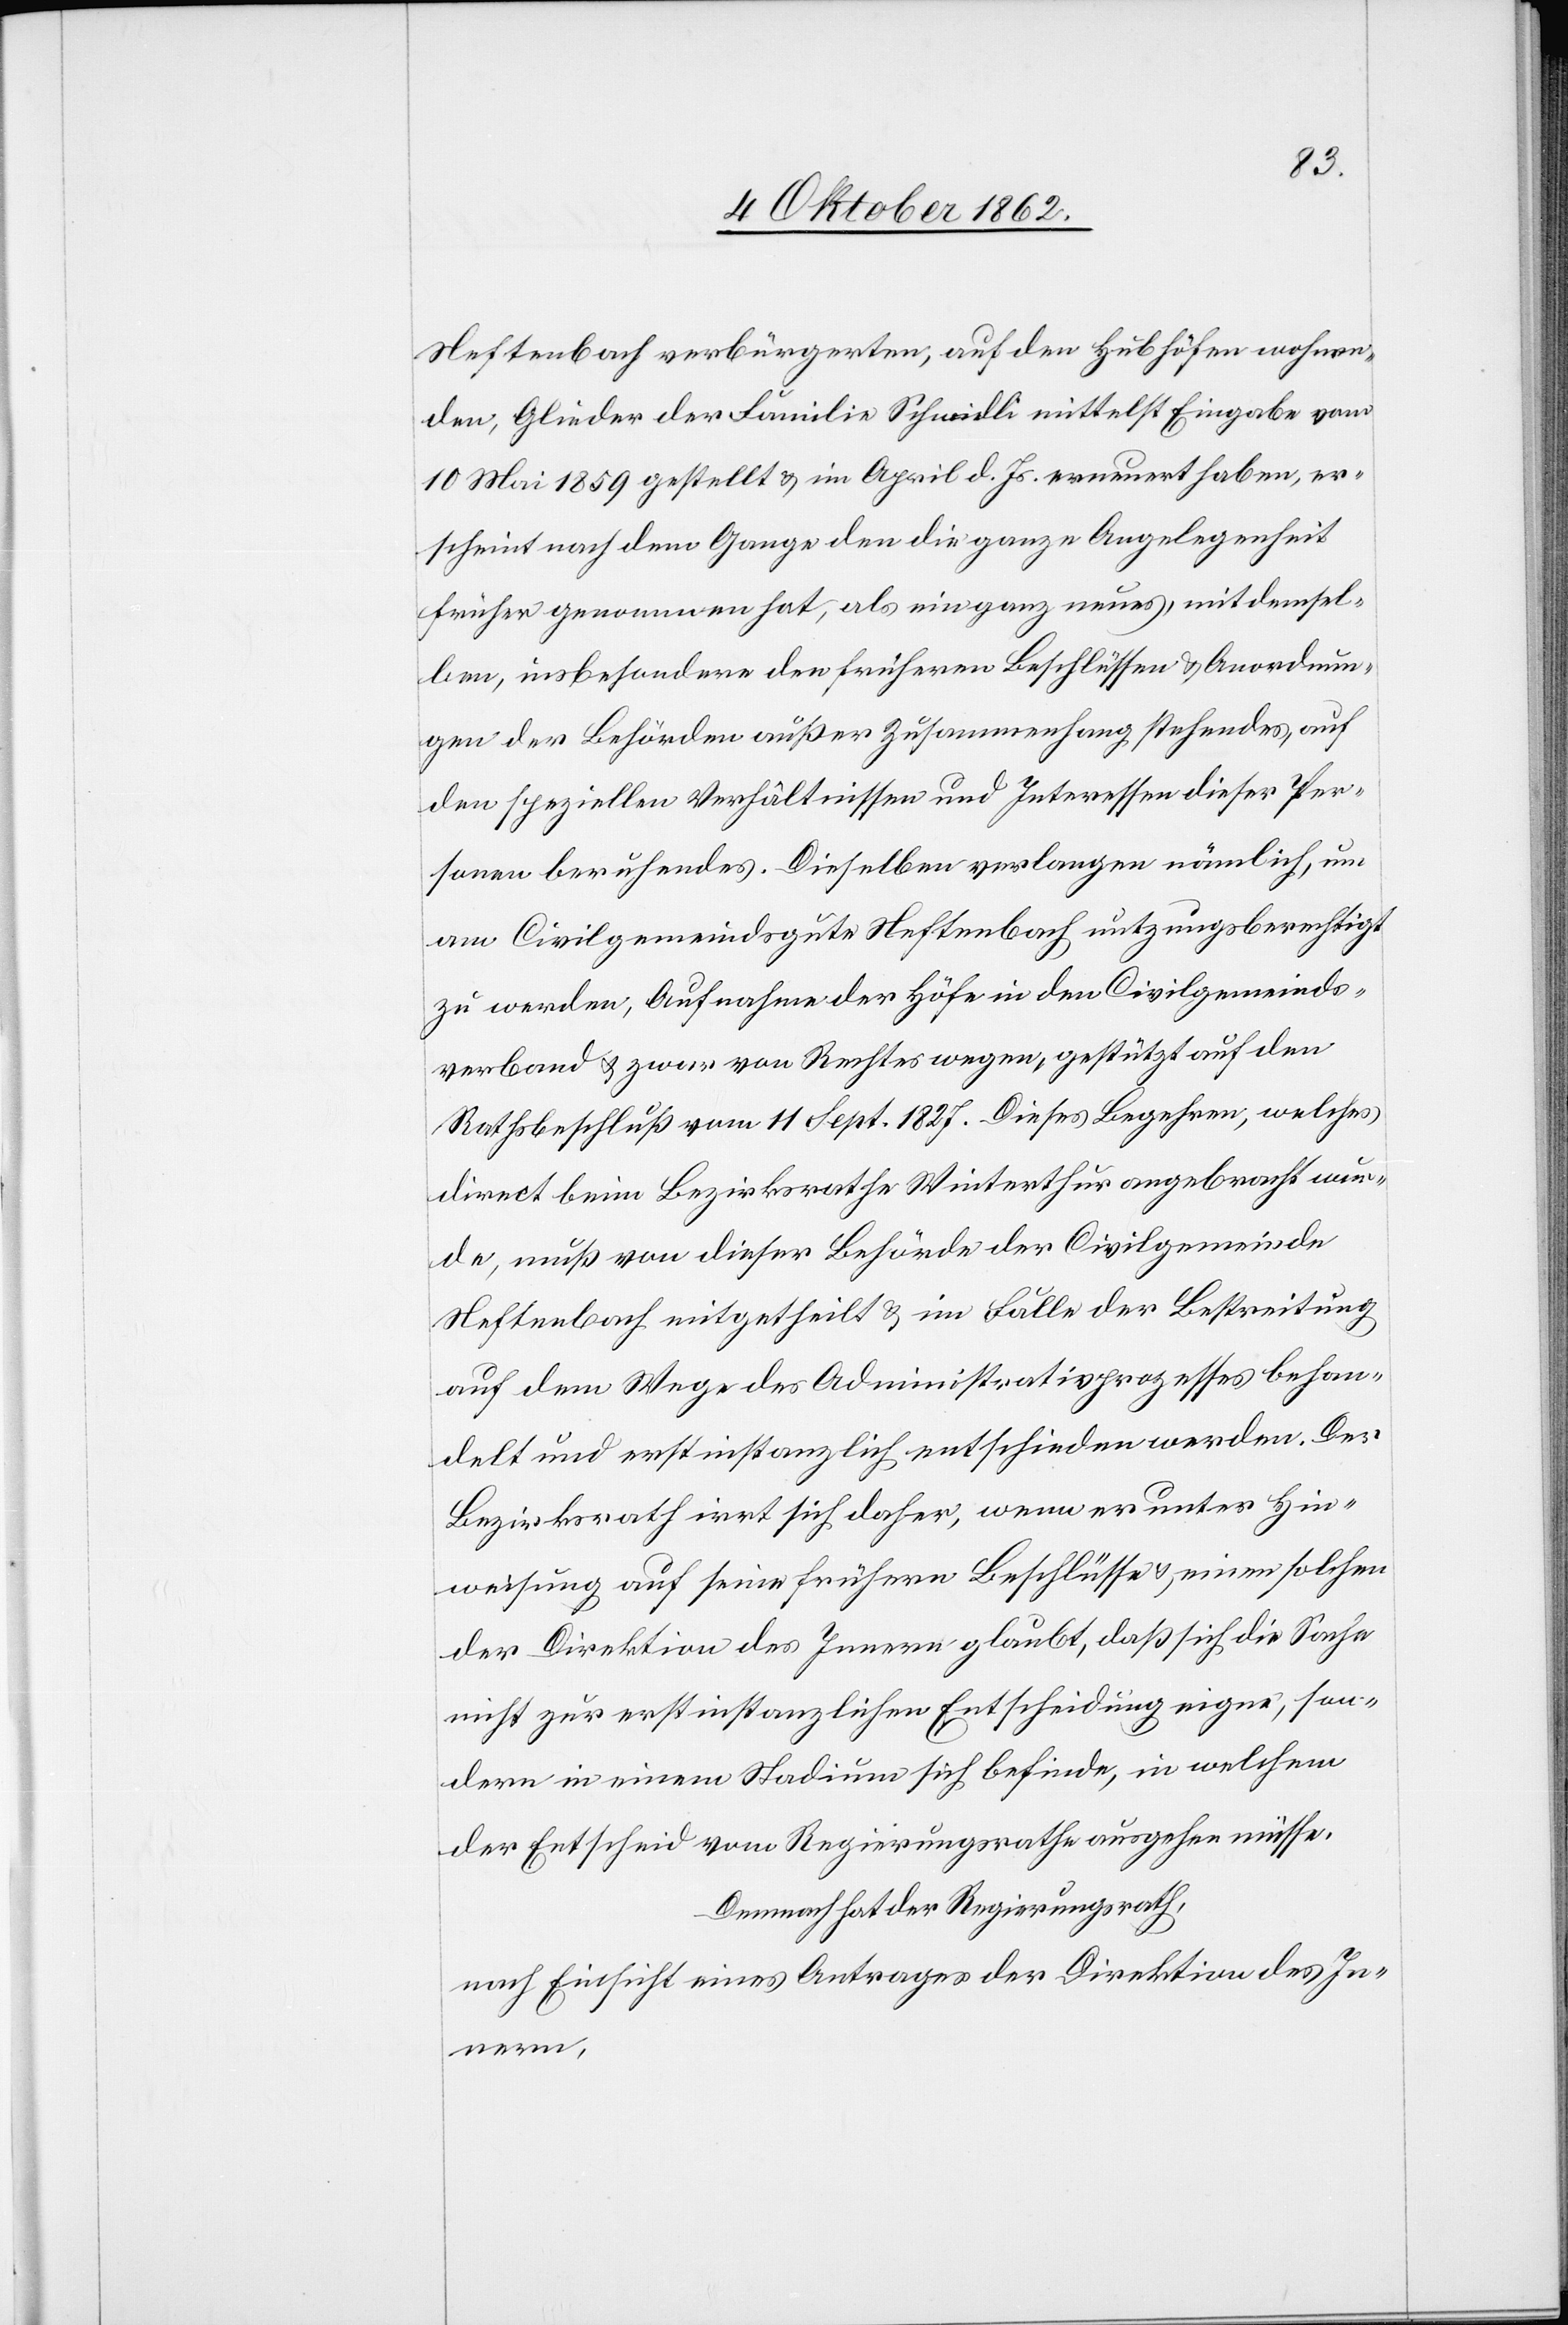
Neftenbach verbürgerten, auf den Hubhöfen wohnen¬
den, Glieder der Familie Schmidli mittelst Eingabe vom
10. Mai 1859 gestellt u. im April d. Js. erneuert haben, er¬
scheint nach dem Gange den die ganze Angelegenheit
früher genommen hat, als ein ganz neues, mit demsel¬
ben, insbesondere den früheren Beschlüssen u. Anordnun¬
gen der Behörden außer Zusammenhang stehendes, auf
den speziellen Verhältnissen und Interessen dieser Per¬
sonen beruhendes. Dieselben verlangen nämlich, um
am Civilgemeindsgute Neftenbach nutzungsberechtigt
zu werden, Aufnahme der Höfe in den Civilgemeinds¬
verband u. zwar von Rechtes wegen, gestützt auf den
Rathsbeschluß vom 11. Sept. 1827. Dieses Begehren, welches
direct beim Bezirksrathe Winterthur angebracht wer¬
de, muß von dieser Behörde der Civilgemeinde
Neftenbach mitgetheilt u. im Falle der Bestreitung
auf dem Wege des Administrativprozesses behan¬
delt und erstinstanzlich entschieden werden. Der
Bezirksrath irrt sich daher, wenn er unter Hin¬
weisung auf seine frühern Beschlüsse u. einem solchen
der Direktion des Innern glaubt, daß sich die Sache
nicht zur erstinstanzlichen Entscheidung eigne, son¬
dern in einem Stadium sich befinde, in welchem
der Entscheid vom Regierungsrathe ausgehen müsse.
Demnach hat der Regierungsrath,
nach Einsicht eines Antrages der Direktion des In¬
nern,